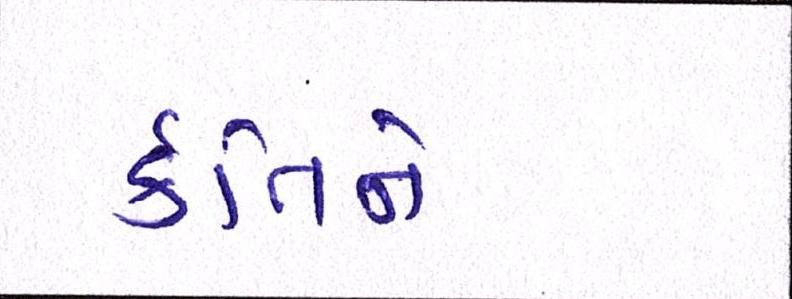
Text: ર્કતિને